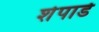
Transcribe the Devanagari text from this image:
शेपार्ड